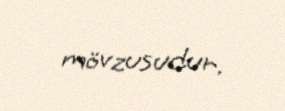
mövzusudur.